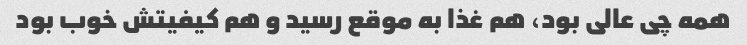
همه چی عالی بود، هم غذا به موقع رسید و هم کیفیتش خوب بود